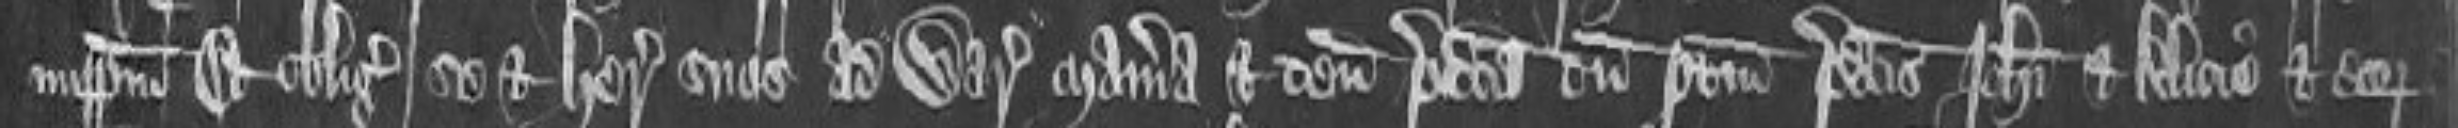
imperpetuum et obligavit se et heredes suos ad warrantizandum maneria et tenementa predicta cum pertinenciis predictis Johanni et Alicie et eor